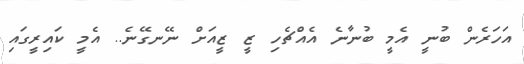
އަހަރެން ބުނީ އެމީ ބުނާނެ އެއްޗެހި ޒީ ޒީއަށް ނޭނގޭނެ.. އެމީ ކައިރީގައި